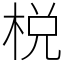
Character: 棁